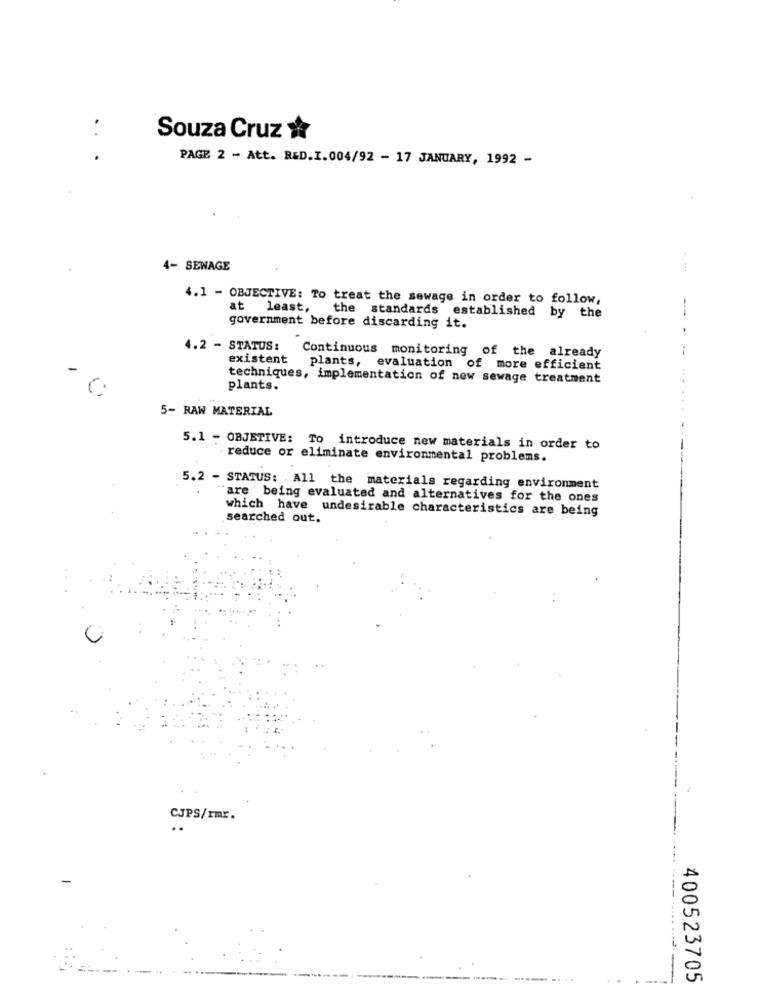
..
Souza Cruz
PAGE 2 - Att. R&D.I.004/92 - 17 JANUARY, 1992 -
4- SEWAGE
4.1 - OBJECTIVE: To treat the sewage in order to follow,
at least, the standards established by the
government before discarding it.
.
4.2 - STATUS:
Continuous monitoring of the already
existent
plants, evaluation of more efficient
techniques, implementation of new sewage treatment
plants.
5- RAW MATERIAL
5.1 - OBJETIVE: To introduce new materials in order to
reduce or eliminate environmental problems.
5.2 - STATUS: All the materials regarding environment
"are being evaluated and alternatives for the ones
which have undesirable characteristics are being
searched out.
CJPS/rmr.
. .
---
--
400523705